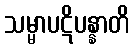
သမ္မာပဋိပန္နာတိ